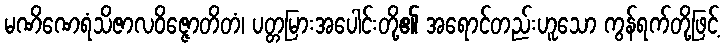
မဏိဏေရံသိဇာလဝိဇ္ဇောတိတံ၊ ပတ္တမြားအပေါင်းတို့၏ အရောင်တည်းဟူသော ကွန်ရက်တို့ဖြင့်